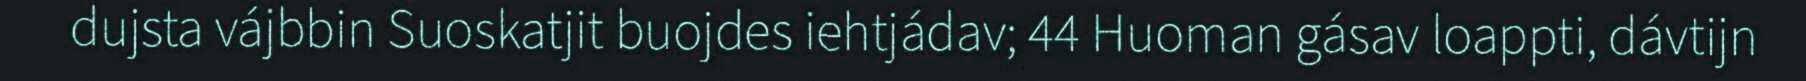
dujsta vájbbin Suoskatjit buojdes iehtjádav; 44 Huoman gásav loappti, dávtijn